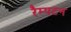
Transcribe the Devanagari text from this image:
रैम्पटन